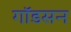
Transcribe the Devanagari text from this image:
गॉडसन